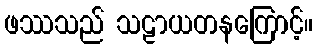
ဖဿသည် သဠာယတနကြောင့်။